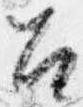
召